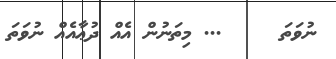
ނުވަތަ     ... މިތަނުން އެއް ދުޢާއެއް ނުވަތަ